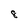
Character: 8